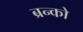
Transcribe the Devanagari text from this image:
ब्रन्को